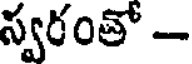
స్వరంతో -